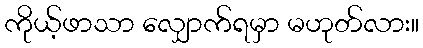
ကိုယ့်ဖာသာ လျှောက်ရမှာ မဟုတ်လား။